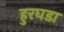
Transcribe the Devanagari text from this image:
हुरघडा